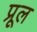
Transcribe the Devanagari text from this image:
प्रूल